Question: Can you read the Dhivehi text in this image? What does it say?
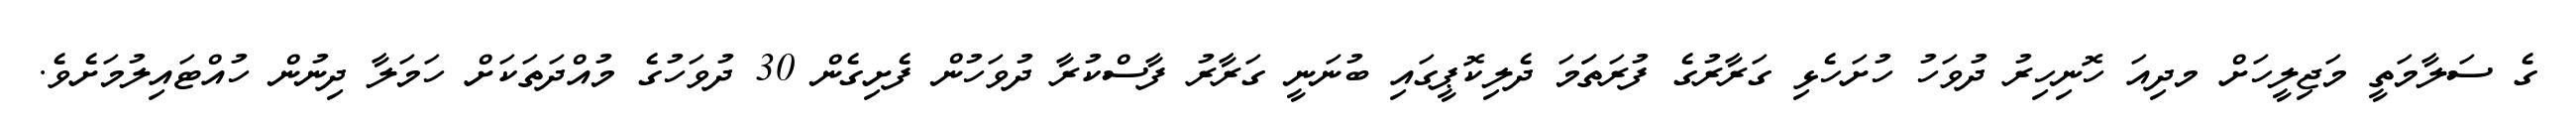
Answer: ގެ ސަލާމަތީ މަޖިލީހަށް މދިއަ ހޮނިހިރު ދުވަހު ހުށަހެޅި ގަރާރުގެ ފުރަތަަމަ ދެލިކޮޕީގައި ބުނަނީ ގަރާރު ފާސްކުރާ ދުވަހުން ފެށިގެން 30 ދުވަހުގެ މުއްދަތަކަށް ހަމަލާ ދިނުން ހުއްޓައިލުމަށެވެ.